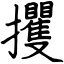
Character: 攫